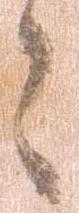
々